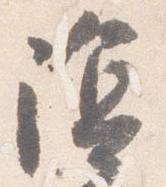
陰